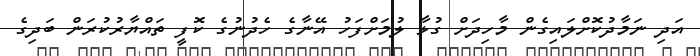
އަދި ނަމާދުކޮށްލައިގެން މާހިދަށް ގުޅާ ލުމަށްފަހު އޭނާގެ ހެދުނުގެ ކޮފީ ތައްޔާރުކުރަން ބަދިގެ